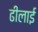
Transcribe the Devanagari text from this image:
ढीलाई